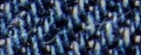
كامبريدج